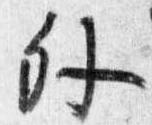
外